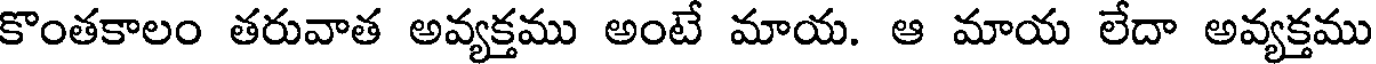
కొంతకాలం తరువాత అవ్యక్తము అంటే మాయ. ఆ మాయ లేదా అవ్యక్తము